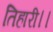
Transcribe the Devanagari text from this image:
तिहारी।।